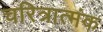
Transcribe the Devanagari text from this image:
चरित्रात्मंक